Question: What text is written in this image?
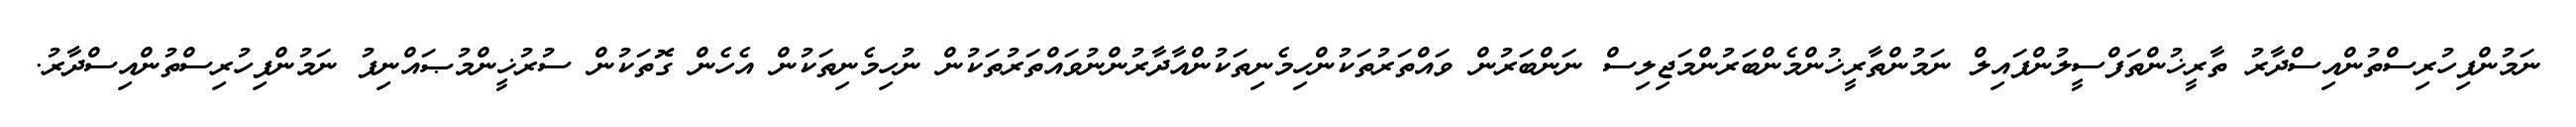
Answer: ނަމުންފިހުރިސްތުންއިސްދާރު ތާރީޚުންތަފްސީލުންފައިލް ނަމުންތާރީޚުންމެންބަރުންމަޖިލިސް ނަންބަރުން ވައްތަރުތަކުންހިމެނިތަކުންއާދާރުންނުވައްތަރުތަކުން ނުހިމެނިތަކުން އެހެން ގޮތަކުން ސުރުޚީންމުޞައްނިފު ނަމުންފިހުރިސްތުންއިސްދާރު.